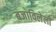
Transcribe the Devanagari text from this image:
बजाविलेली